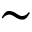
\sim